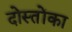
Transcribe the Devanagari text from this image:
दोस्तोंका